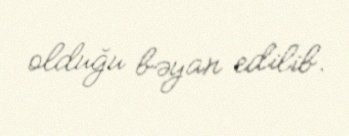
olduğu bəyan edilib.